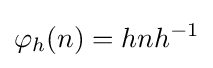
\varphi _{h}(n)=hnh^{-1}